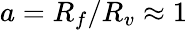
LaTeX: a=R_{f}/R_{v}\approx 1